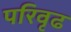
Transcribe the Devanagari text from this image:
परिवृढ